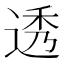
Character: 透